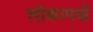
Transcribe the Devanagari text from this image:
लोकापर्ण